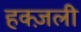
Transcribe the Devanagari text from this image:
हक्ज़ली